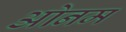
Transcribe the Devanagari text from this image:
ओनम